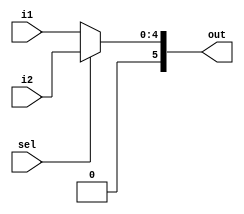
`timescale 1ns/1ns
module Mux (
    i1,
    i2,
    sel,
    out
);

    parameter size = 5;

    input [size-1:0]i1;
    input [size-1:0]i2;
    input sel;

    output [size:0]out;

    assign out = (sel == 1'b0) ? i1 : i2;

endmodule